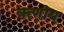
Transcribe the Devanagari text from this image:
ऋणीय